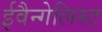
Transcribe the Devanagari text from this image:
ईवैन्गेलिस्ट